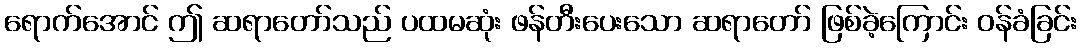
ရောက်အောင် ဤ ဆရာတော်သည် ပထမဆုံး ဖန်တီးပေးသော ဆရာတော် ဖြစ်ခဲ့ကြောင်း ဝန်ခံခြင်း